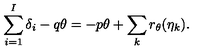
\sum _ { i = 1 } ^ { I } \delta _ { i } - q \theta = - p \theta + \sum _ { k } r _ { \theta } ( \eta _ { k } ) .